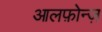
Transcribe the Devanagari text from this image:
आलफ़ोन्ज़